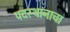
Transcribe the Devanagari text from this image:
पदस्थानाचा